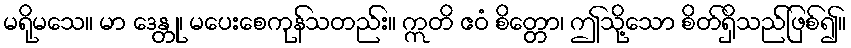
မရိုမသေ။ မာ ဒေန္တု၊ မပေးစေကုန်သတည်း။ ဣတိ ဧဝံ စိတ္တော၊ ဤသို့သော စိတ်ရှိသည်ဖြစ်၍။